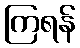
ကြရန်